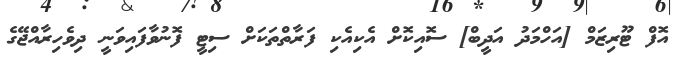
އޮފް ޓޫރިޒަމް [އަހްމަދު އަދީބް] ސޮއިކޮށް އެކިއެކި ފަރާތްތަކަށް ސިޓީ ފޮނުވާފައިވަނީ ދިވެހިރާއްޖޭގެ